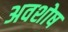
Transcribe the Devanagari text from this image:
अवशोष